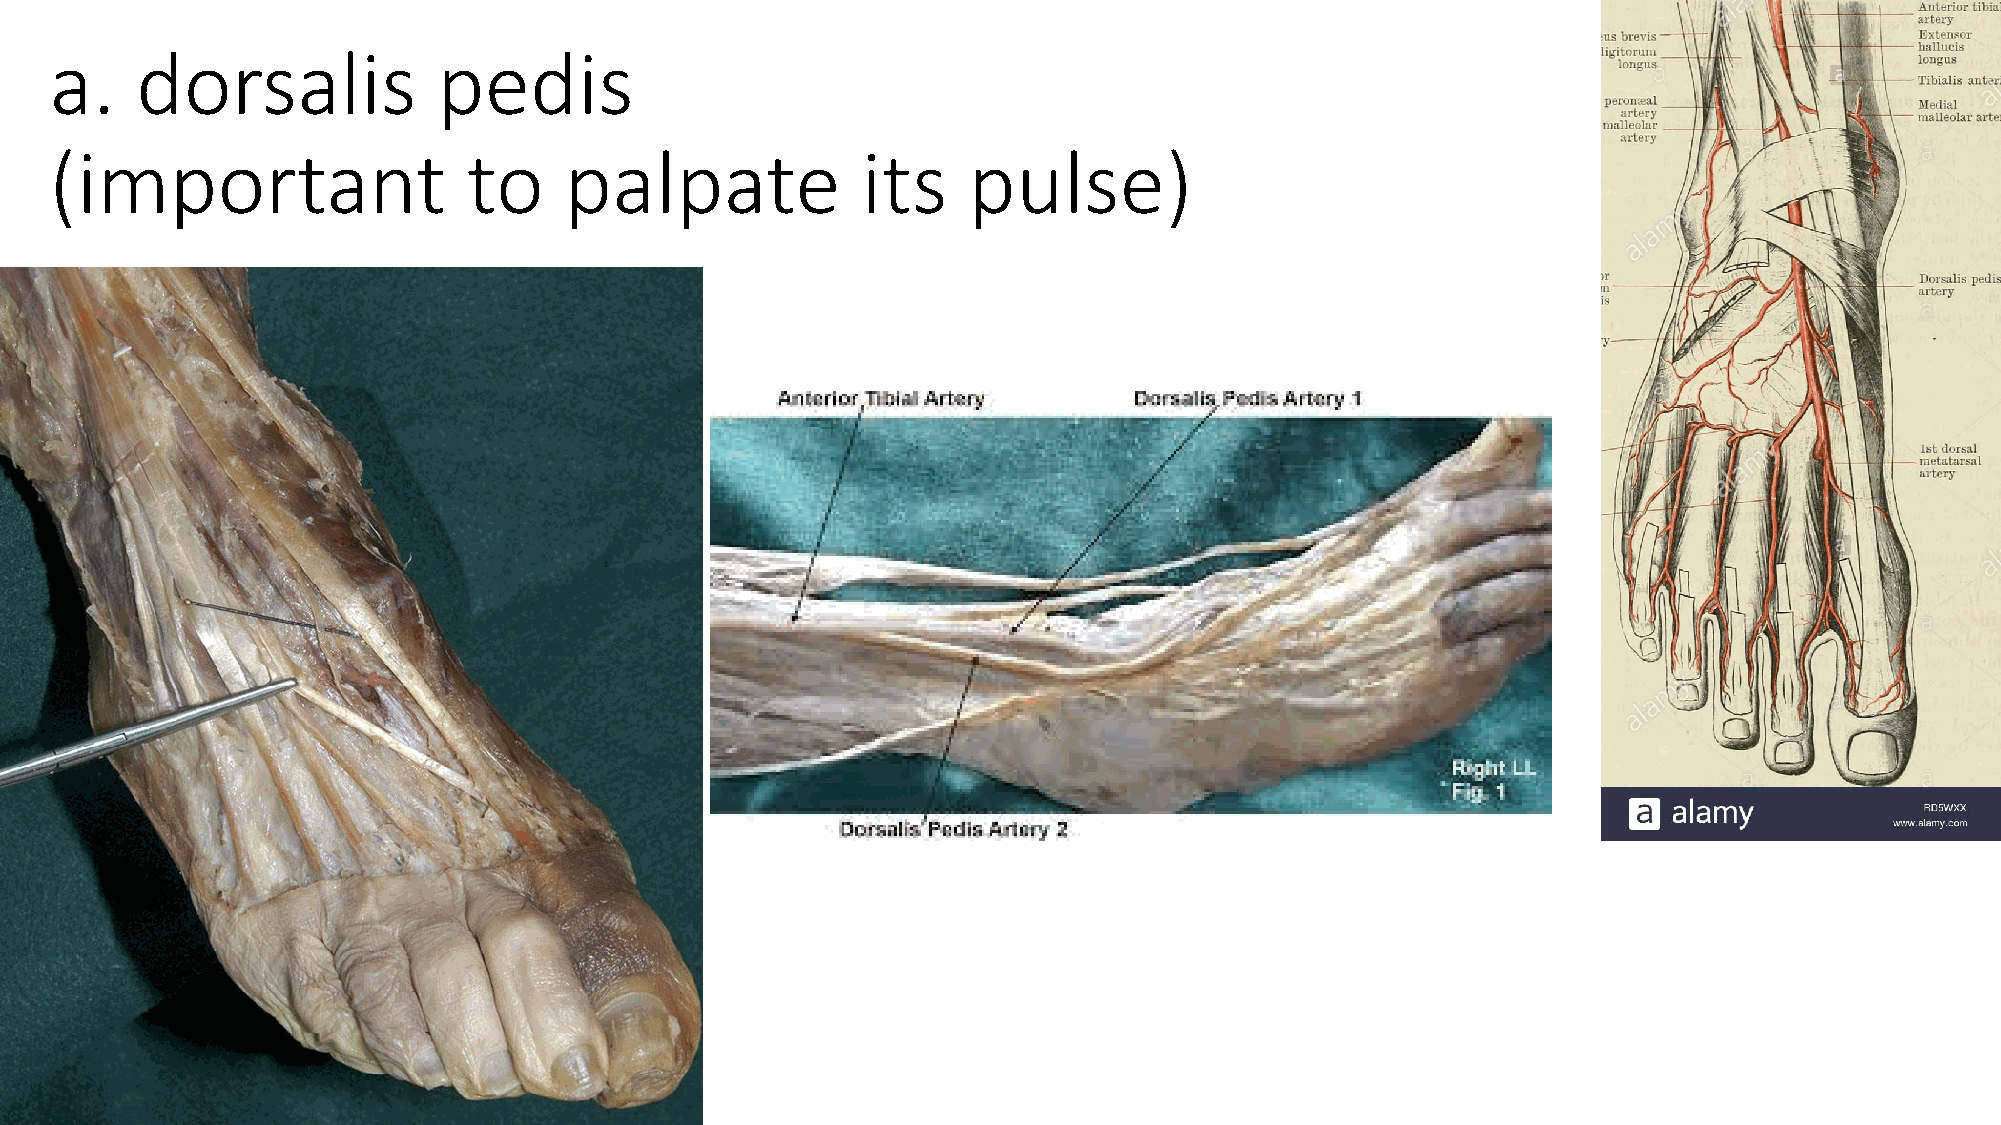
a.    dorsalis            pedis
 (important                  to    palpate             its    pulse)